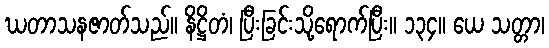
ဃတာသနဇာတ်သည်။ နိဋ္ဌိတံ၊ ပြီးခြင်းသို့ရောက်ပြီး။ ၁၃၄။ ယေ သတ္တာ၊